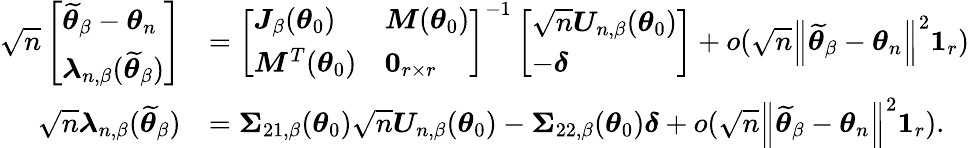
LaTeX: \begin{array}{rl}{\sqrt{n}\left[\begin{array}{l}{\widetilde{\boldsymbol{\theta}}_{\beta}-\boldsymbol{\theta}_{n}}\\ {\boldsymbol{\lambda}_{n,\beta}(\widetilde{\boldsymbol{\theta}}_{\beta})}\end{array}\right]}&{=\left[\begin{array}{ll}{\boldsymbol{J}_{\beta}(\boldsymbol{\theta}_{0})}&{\boldsymbol{M}(\boldsymbol{\theta}_{0})}\\ {\boldsymbol{M}^{T}(\boldsymbol{\theta}_{0})}&{\boldsymbol{0}_{r\times r}}\end{array}\right]^{-1}\left[\begin{array}{l}{\sqrt{n}\boldsymbol{U}_{n,\beta}(\boldsymbol{\theta}_{0})}\\ {-\boldsymbol{\delta}}\end{array}\right]+o(\sqrt{n}\left\Vert\widetilde{\boldsymbol{\theta}}_{\beta}-\boldsymbol{\theta}_{n}\right\Vert^{2}\boldsymbol{1}_{r})}\\ {\sqrt{n}\boldsymbol{\lambda}_{n,\beta}(\widetilde{\boldsymbol{\theta}}_{\beta})}&{=\boldsymbol{\Sigma}_{21,\beta}(\boldsymbol{\theta}_{0})\sqrt{n}\boldsymbol{U}_{n,\beta}(\boldsymbol{\theta}_{0})-\boldsymbol{\Sigma}_{22,\beta}(\boldsymbol{\theta}_{0})\boldsymbol{\delta}+o(\sqrt{n}\left\Vert\widetilde{\boldsymbol{\theta}}_{\beta}-\boldsymbol{\theta}_{n}\right\Vert^{2}\boldsymbol{1}_{r}).}\end{array}